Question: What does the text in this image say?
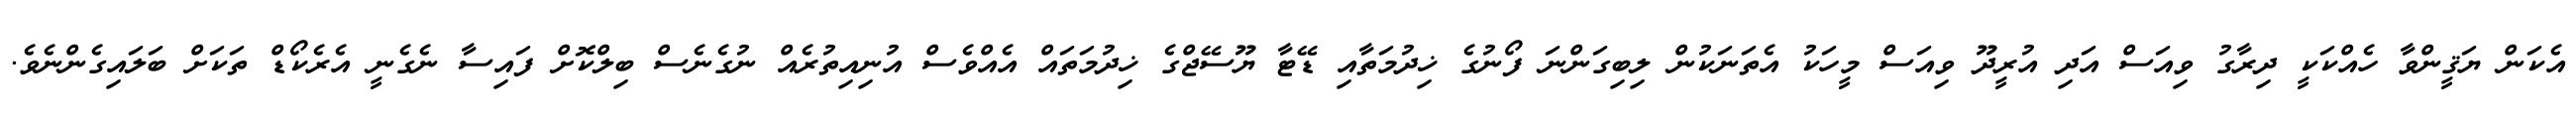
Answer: އެކަން ޔަޤީންވާ ހެއްކަކީ ދިރާގު ވިއަސް އަދި އުރީދޫ ވިއަސް މީހަކު އެތަނަކުން ލިބިގަންނަ ފޯނުގެ ޚިދުމަތާއި ޑޭޓާ ޔޫސޭޖްގެ ޚިދުމަތައް އެއްވެސް އުނިއިތުރެއް ނުގެނެސް ބިލްކޮށް ފައިސާ ނެގެނީ އެރެކޯޑް ތަކަށް ބަލައިގެންނެވެ.